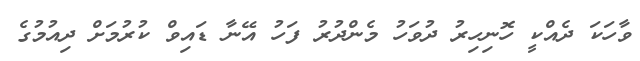
ވާހަކަ ދެއްކީ ހޮނިހިރު ދުވަހު މެންދުރު ފަހު އޭނާ ޑައިވް ކުރުމަށް ދިއުމުގެ